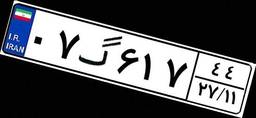
۶۸گ۰۳۶۱۹